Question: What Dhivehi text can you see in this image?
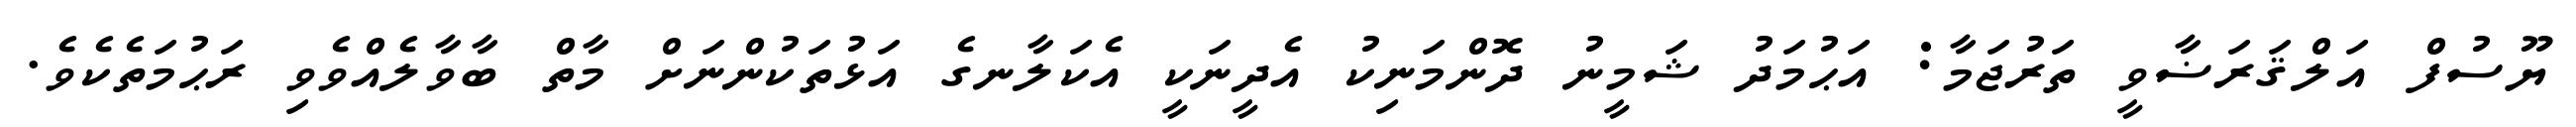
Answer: ޔޫސުފް އަލްޤަރަޟާވީ ތަރުޖަމާ: އަޙުމަދު ޝަމީނު ދޮންމަނިކު އެދީނަކީ އެކަލާނގެ އަޅުތަކުންނަށް މާތް ބާވާލެއްވެވި ރަޙުމަތެކެވެ.